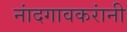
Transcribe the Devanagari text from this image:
नांदगावकरांनी